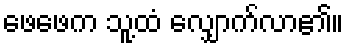
ဖေဖေက သူ့ထံ လျှောက်လာ၏။